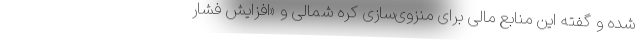
شده و گفته این منابع مالی برای منزوی‌سازی کره شمالی و «افزایش فشار